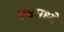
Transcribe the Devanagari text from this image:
४४मध्ये